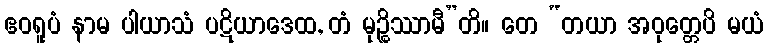
ဧဝရူပံ နာမ ပါယာသံ ပဋိယာဒေထ, တံ မုဉ္စိဿာမီ”တိ။ တေ “တယာ အဝုတ္တေပိ မယံ